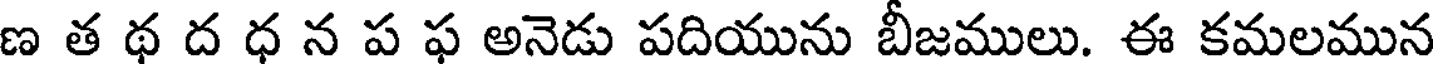
ణ త థ ద ధ న ప ఫ అనెడు పదియును బీజములు. ఈ కమలమున